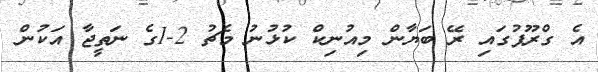
އެ ގްރޫޕުގައި ރޭ ބަޔާން މިއުނިކް ކުޅުނު މެޗު 2-1ގެ ނަތީޖާ އަކުން